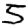
Digit: 5